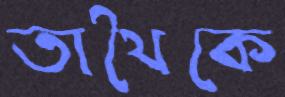
তাথৈকে